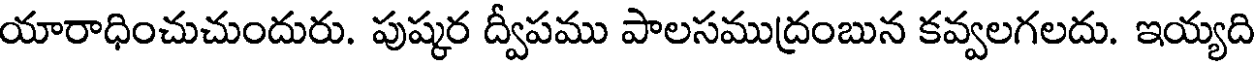
యారాధించుచుందురు. పుష్కర ద్వీపము పాలసముద్రంబున కవ్వలగలదు. ఇయ్యది